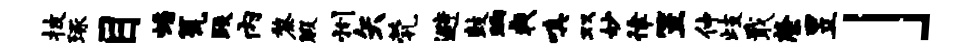
披琢目蟠瓮跌内黎暇州矢茕避鼓晌戟嗔双妙律笠仲歧戢綮昱」